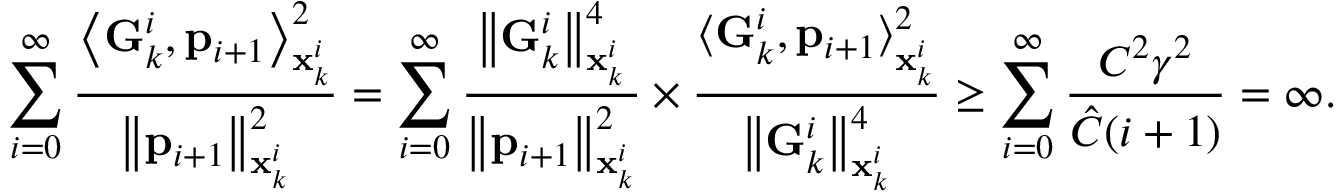
\sum _ { i = 0 } ^ { \infty } \frac { \left\langle \mathbf { G } _ { k } ^ { i } , \mathbf { p } _ { i + 1 } \right\rangle _ { \mathbf { x } _ { k } ^ { i } } ^ { 2 } } { \left\| \mathbf { p } _ { i + 1 } \right\| _ { \mathbf { x } _ { k } ^ { i } } ^ { 2 } } = \sum _ { i = 0 } ^ { \infty } \frac { \left\| \mathbf { G } _ { k } ^ { i } \right\| _ { \mathbf { x } _ { k } ^ { i } } ^ { 4 } } { \left\| \mathbf { p } _ { i + 1 } \right\| _ { \mathbf { x } _ { k } ^ { i } } ^ { 2 } } \times \frac { \langle \mathbf { G } _ { k } ^ { i } , \mathbf { p } _ { i + 1 } \rangle _ { \mathbf { x } _ { k } ^ { i } } ^ { 2 } } { \left\| \mathbf { G } _ { k } ^ { i } \right\| _ { \mathbf { x } _ { k } ^ { i } } ^ { 4 } } \ge \sum _ { i = 0 } ^ { \infty } \frac { C ^ { 2 } \gamma ^ { 2 } } { \hat { C } ( i + 1 ) } = \infty .